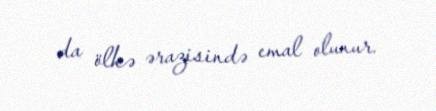
da ölkə ərazisində emal olunur.